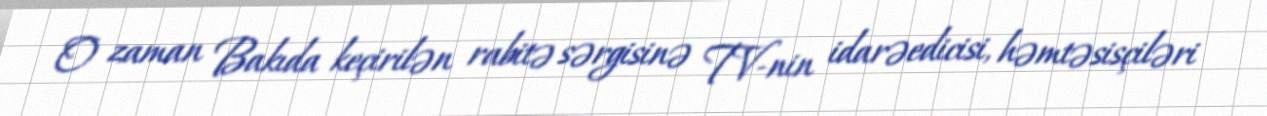
O zaman Bakıda keçirilən rabitə sərgisinə TV-nin idarəedicisi, həmtəsisçiləri